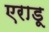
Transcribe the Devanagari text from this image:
एराडू